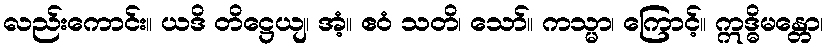
လည်းကောင်း။ ယဒိ တိဋ္ဌေယျ၊ အံ့။ ဧဝံ သတိ၊ သော်။ ကသ္မာ၊ ကြောင့်။ ဣဒ္ဓိမန္တော၊